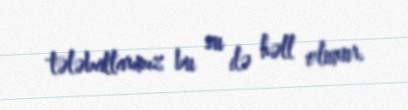
tələbatlarımız bu su ilə həll olunur.